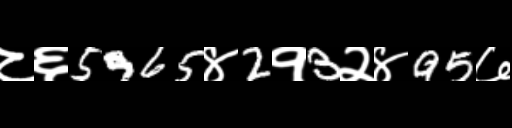
Text: ८६5965४2१3२४95७